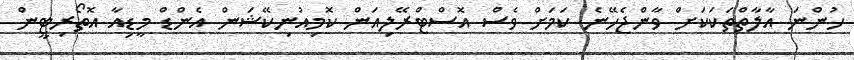
ހުންނަ އާލާތްތަކަކަށް ވާންޖެހޭނެ ކަމަށް ވެސް އޮސްޓްރޭލިއަން ކޮމިއުނިކޭޝަން އެންޑް މީޑިއާ އޮތޯރިޓީން